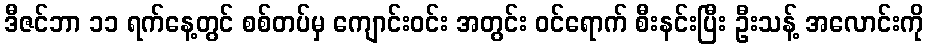
ဒီဇင်ဘာ ၁၁ ရက်နေ့တွင် စစ်တပ်မှ ကျောင်းဝင်း အတွင်း ဝင်ရောက် စီးနင်းပြီး ဦးသန့် အလောင်းကို